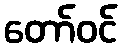
တော်ဝင်